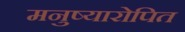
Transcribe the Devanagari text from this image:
मनुष्यारोपित